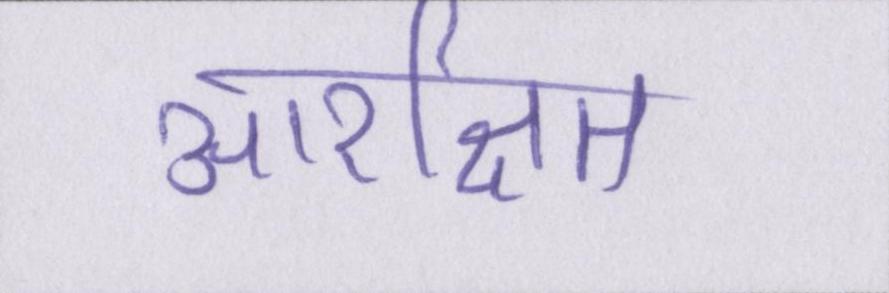
आरक्षित